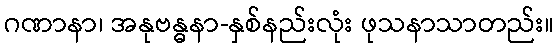
ဂဏာနာ၊ အနုဗန္ဓနာ-နှစ်နည်းလုံး ဖုသနာသာတည်း။